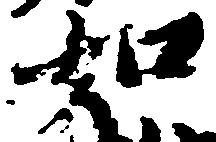
如